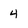
Character: 4